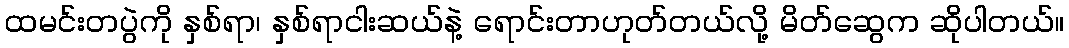
ထမင်းတပွဲကို နှစ်ရာ၊ နှစ်ရာငါးဆယ်နဲ့ ရောင်းတာဟုတ်တယ်လို့ မိတ်ဆွေက ဆိုပါတယ်။